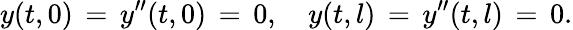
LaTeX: y(t,0)\, =\, y^{\prime\prime}(t,0)\, =\, 0,\quad y(t,l)\, =\, y^{\prime\prime}(t,l)\, =\, 0.